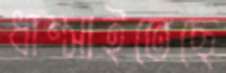
ধাম্‌সাইতেছে